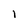
Character: 1